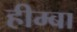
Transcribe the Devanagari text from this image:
हीम्बा